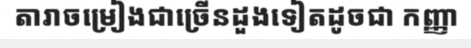
តារាចម្រៀងជាច្រើនដួងទៀតដូចជា កញ្ញា